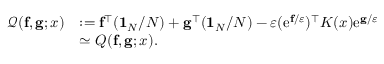
\begin{array} { r l } { { \mathcal Q } ( { \bf f } , { \bf g } ; x ) } & { : = { \bf f } ^ { \top } ( { \bf 1 } _ { N } / N ) + { \bf g } ^ { \top } ( { \bf 1 } _ { N } / N ) - \varepsilon ( \mathrm { e } ^ { { \bf f } / \varepsilon } ) ^ { \top } K ( x ) \mathrm { e } ^ { { \bf g } / \varepsilon } } \\ & { \simeq Q ( { \bf f } , { \bf g } ; x ) . } \end{array}